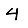
Digit: 4